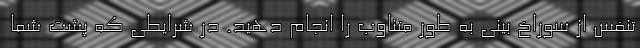
تنفس از سوراخ بینی به طور متناوب را انجام دهید. در شرایطی که پشت شما